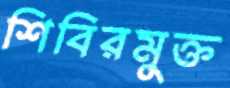
শিবিরমুক্ত